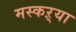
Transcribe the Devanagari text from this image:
मस्कऱ्या